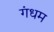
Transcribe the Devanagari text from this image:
गंधम